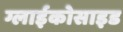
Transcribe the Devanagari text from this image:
ग्लाईकोसाइड